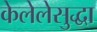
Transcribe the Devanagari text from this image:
केलेलेसुद्धा